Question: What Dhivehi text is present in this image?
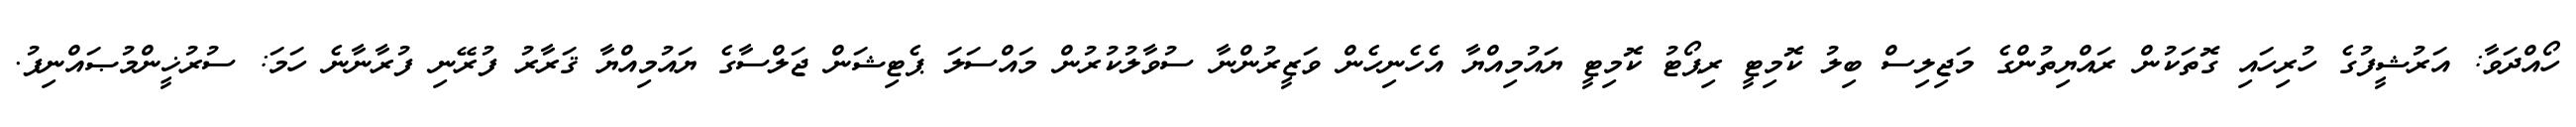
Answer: ހޯއްދަވާ: އަރުޝީފުގެ ހުރިހައި ގޮތަކުން ރައްޔިތުންގެ މަޖިލިސް ބިލު ކޮމިޓީ ރިޕޯޓު ކޮމިޓީ ޔައުމިއްޔާ އެހެނިހެން ވަޒީރުންނާ ސުވާލުކުރުން މައްސަލަ ޕެޓިޝަން ޖަލްސާގެ ޔައުމިއްޔާ ޤަރާރު ފުރޭނި ފުރާނާނެ ހަމަ: ސުރުޚީންމުޞައްނިފު.